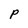
Character: p